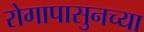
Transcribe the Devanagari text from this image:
रोगापासुनच्या